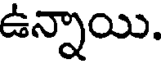
ఉన్నాయి.